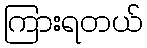
ကြားရတယ်